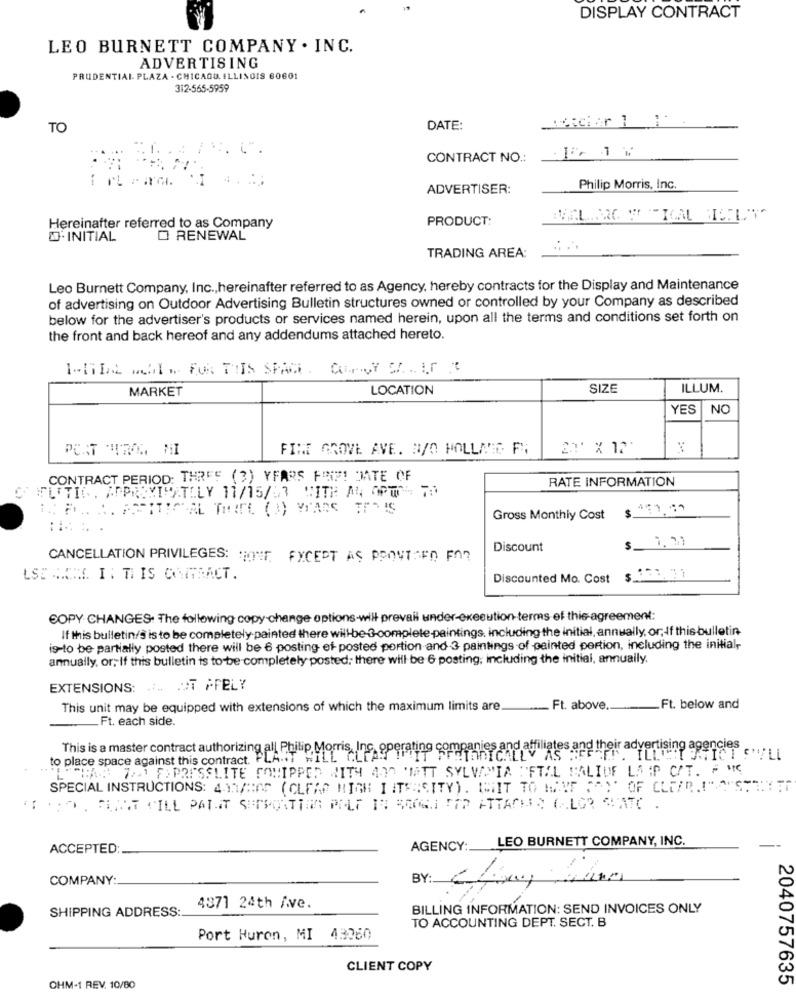
DISPLAY CONTRACT
LEO BURNETT COMPANY . INC.
ADVERTISING
PRUDENTIAL PLAZA - CHICAGO, ILLINOIS 60601
312-565-5959
TO
DATE:
CONTRACT NO .:
ADVERTISER:
Philip Morris, Inc.
Hereinafter referred to as Company
PRODUCT:
INITIAL
O RENEWAL
TRADING AREA:
Leo Burnett Company, Inc ., hereinafter referred to as Agency, hereby contracts for the Display and Maintenance
of advertising on Outdoor Advertising Bulletin structures owned or controlled by your Company as described
below for the advertiser's products or services named herein, upon all the terms and conditions set forth on
the front and back hereof and any addendums attached hereto.
1-THIS MAIL FOR THIS SPACE. COMNY SA. IT
MARKET
LOCATION
SIZE
ILLUM.
YES |NO
FINT GROVE AVE. 3/O POLLAE F;
CONTRACT PERIOD: THREE (3) YEARS FIND! DATE OF
RATE INFORMATION
CTUTIG, APPROXIMATELY 11/15/53 WITH AN OPTION TO
Gross Monthly Cost
$_ 1. 21
Discount
CANCELLATION PRIVILEGES: HONNE FYCEDT AS PROVIDED FOR
LSE CAMA. I : THIS CONTRACT.
Discounted Mo. Cost
COPY CHANGES. The following copy change options-will prevail under-execution-terms of this agreement:
If this bulletin/s is to be completely-painted there willbe-3-complete-paintings, including the initial, annually, or, If this bulletin
is-to be partially posted there will be 6 posting ef- posted portion and 3 paintings of painted portion, including the initialr
annually, or; If this bulletin is to be completely posted; there will be 6 posting, including the initial, annually,
EXTENSIONS: . UT PFELY
This unit may be equipped with extensions of which the maximum limits are.
Ft. above
Ft. below and
Ft. each side.
This is a master contract authorizing all Philip Morris, Inc. operating companies and affiliates and their advertising
to place space against this contract. PLANT WILL CLE
"THAN 751 FAPRESSLITE COMIPPED WITH AND TATT SYLVANIA METAL HALIDE LAIP C/T. F "C
SPECIAL INSTRUCTIONS: 4 11/205 (CLEAR HIGH I ITERCITY). (MIIT TO MAAUF FAY OF CLEAR.I"A"ST
AGENCY: LEO BURNETT COMPANY, INC.
ACCEPTED:
COMPANY:
BY: Chiny tem
SHIPPING ADDRESS:
4371 24th Ave.
BILLING INFORMATION: SEND INVOICES ONLY
TO ACCOUNTING DEPT. SECT. B
Port Huron, MI
43060
CLIENT COPY
2040757635
OHM-1 REV. 10/80